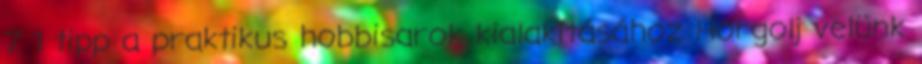
7 1 tipp a praktikus hobbisarok kialakításához Horgolj velünk